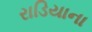
રાડિયાના